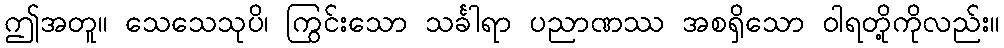
ဤအတူ။ သေသေသုပိ၊ ကြွင်းသော သင်္ခါရာ ပညာဏဿ အစရှိသော ဝါရတို့ကိုလည်း။